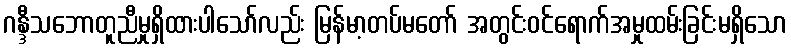
ဂန္ဒီသဘောတူညီမှုရှိထားပါသော်လည်း မြန်မာ့တပ်မတော် အတွင်းဝင်ရောက်အမှုထမ်းခြင်းမရှိသော